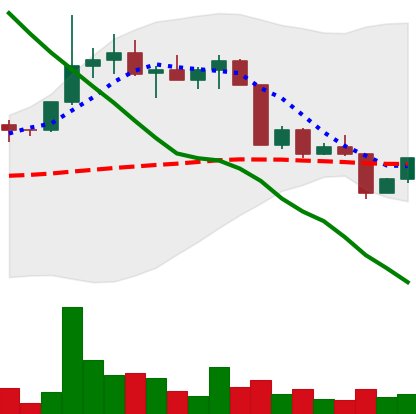
Ticker: EOS-USD
Chart end date: 2022-04-13
Forward return: 3.758%
Label: up_3_5